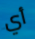
أي